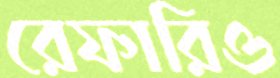
রেফারিও